Annual report on the mental hospital in the Central Provinces and Berar (Nagpur) - 1927-1951
Year: 1927
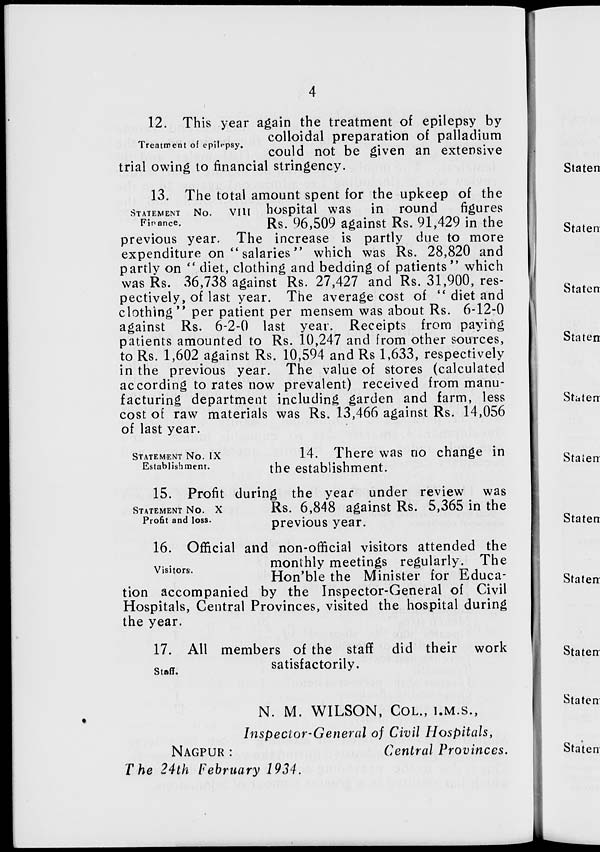
4
Treatment of epilepsy.
12. This year again the treatment of epilepsy by
colloidal preparation of palladium
could not be given an extensive
trial owing to financial stringency.
STATEMENT
Finance.
13. The total amount spent for the upkeep of the
No. VIII hospital was in round
figures
Rs. 96,509 against Rs. 91,429 in the
previous year. The increase is partly due to more
expenditure on "salaries"
which was Rs. 28,820 and
partly on " diet, clothing and bedding of patients" which
was Rs. 36,738 against Rs. 27,427 and Rs. 31,900, res-
pectively, of last year. The average cost of " diet and
clothing" per patient per mensem was about Rs. 6-12-0
against Rs. 6-2-0 last year. Receipts from paying
patients amounted to Rs. 10,247 and from other sources,
to Rs. 1,602 against Rs. 10,594 and Rs 1,633, respectively
in the previous year. The value of stores (calculated
according to rates now prevalent) received from manu-
facturing department including garden and farm, less
cost of raw materials was Rs. 13,466 against Rs. 14,056
of last year.
STATEMENT NO. IX
Establishment.
14. There was no change in
the establishment.
STATEMENT NO.
X
Profit and loss.
15. Profit during the year under review was
Rs. 6,848 against Rs. 5,365 in the
previous year.
Visitors.
16. Official and non-official visitors attended the
monthly meetings regularly. The
Hon'ble the Minister for Educa-
tion accompanied by the Inspector-General of Civil
Hospitals, Central Provinces, visited the hospital during
the year.
Staff.
17. All members of the staff did their work
satisfactorily.
N. M. WILSON, COL., I.M.S.,
Inspector-General of Civil Hospitals,
NAGPUR :
Central Provinces.
The 24th February 1934.